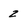
Character: 2